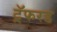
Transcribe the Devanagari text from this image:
ट्रॅफरड